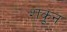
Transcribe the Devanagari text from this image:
शकून